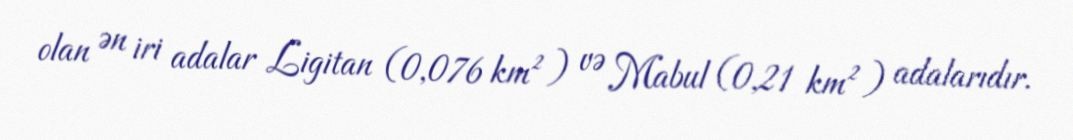
olan ən iri adalar Ligitan (0,076 km²) və Mabul (0,21 km²) adalarıdır.